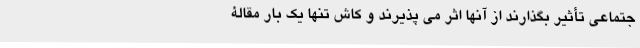
جتماعی تأثیر بگذارند از آنها اثر می پذیرند و کاش تنها یک بار مقالۀ